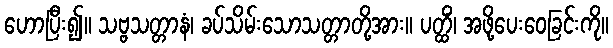
ဟောပြီး၍။ သဗ္ဗသတ္တာနံ၊ ခပ်သိမ်းသောသတ္တာတို့အား။ ပတ္ထိံ၊ အဖို့ပေးဝေခြင်းကို။